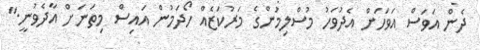
ދެން އަވަަސް އަވަަހަށް އެދުވަހު މުސްލިމުންގެ މަރުކަޒެއް ހޯދަމުން އައިިސް މިތަނަށް އާދެވުނީ."